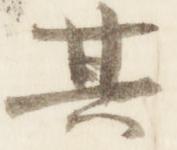
其